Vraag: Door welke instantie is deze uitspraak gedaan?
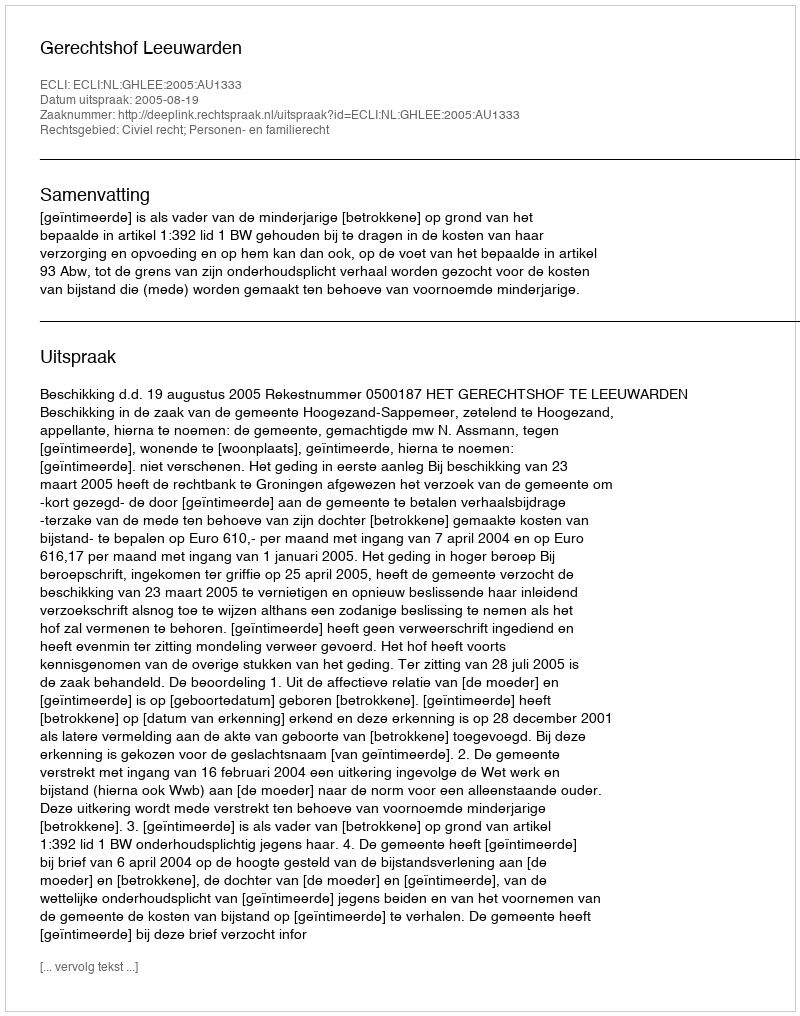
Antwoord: Gerechtshof Leeuwarden